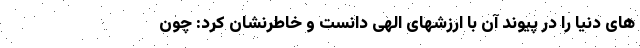
های دنیا را در پیوند آن با ارزشهای الهی دانست و خاطرنشان کرد: چون